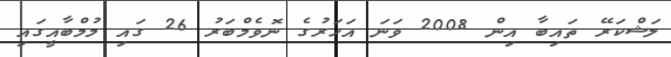
ލަޝްކަރޭ ތައިބާ އިން 2008 ވަނަ އަހަރުގެ ނޮވެމްބަރު 26 ގައި މުމްބާއީގައި